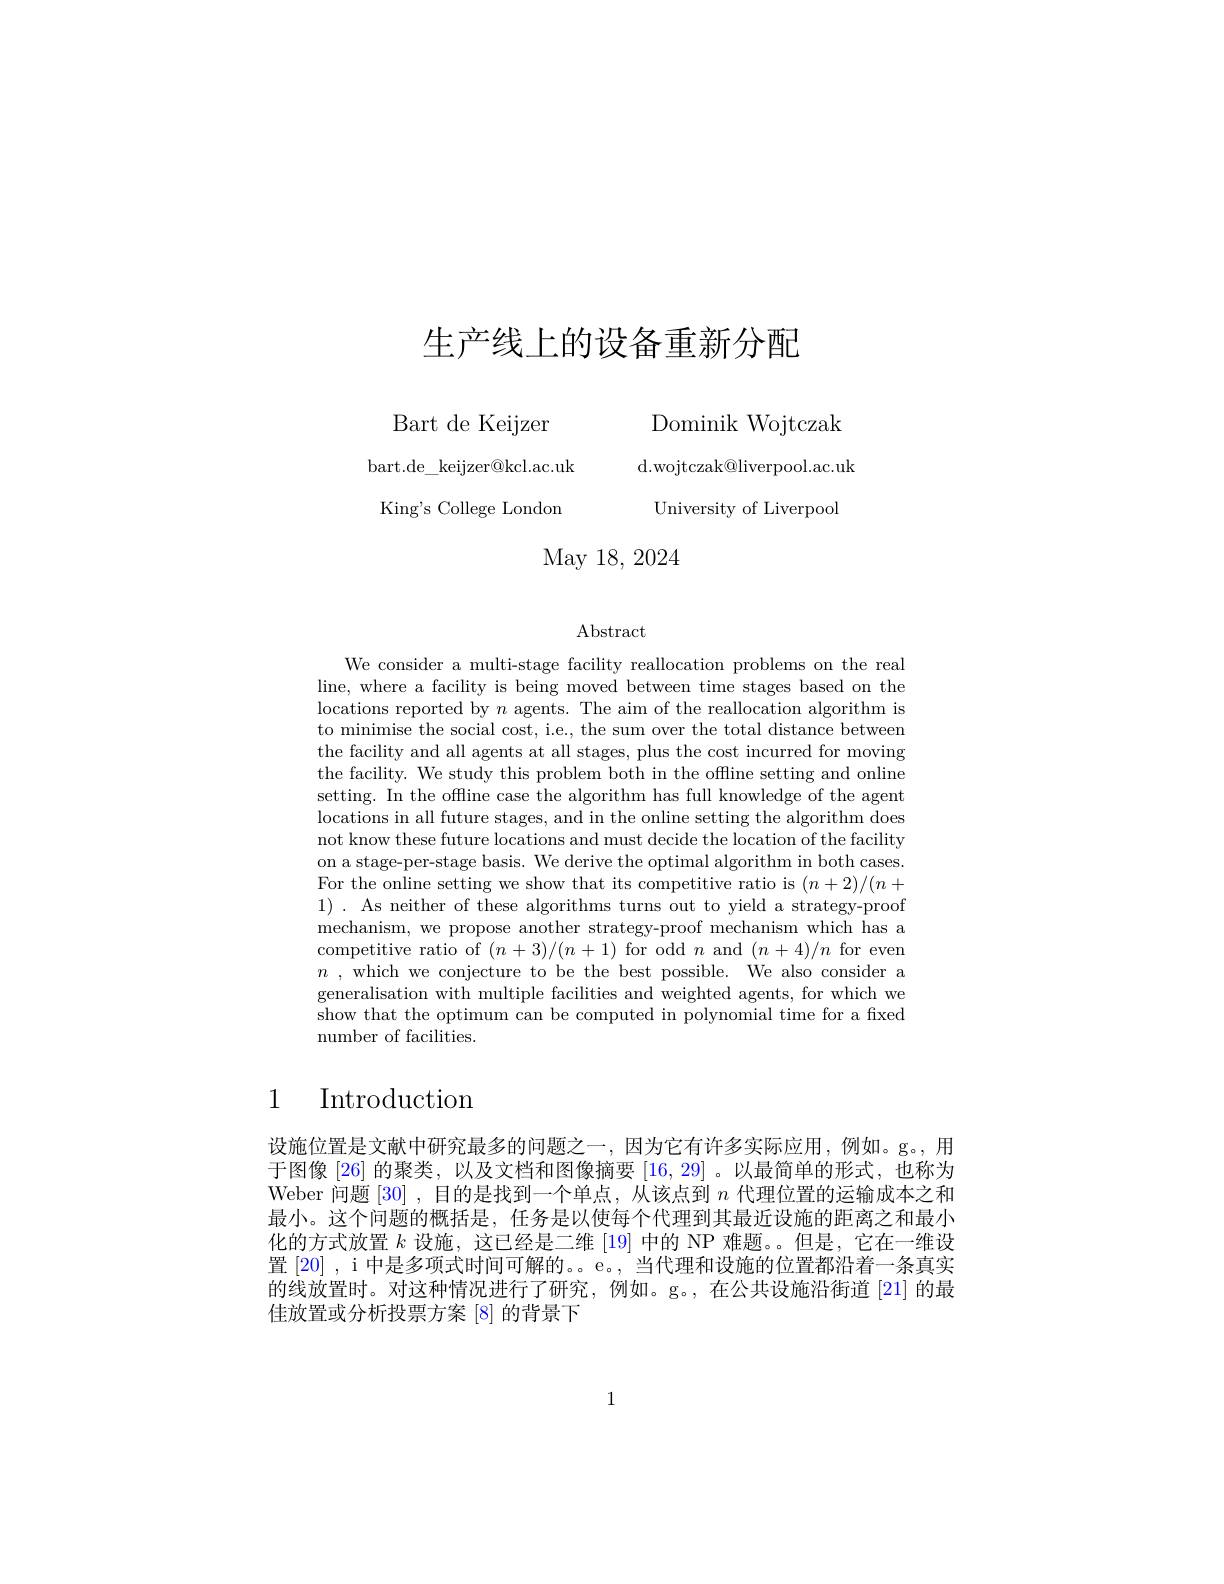
# 生产线上的设备重新分配

Bart de Keijzer Dominik Wojtczak

bart.de\_keijzer@kcl.ac.uk\_d.wojtczak@liverpool.ac.uk King's College London University of Liverpool

# May 18, 2024

Abstract

We consider a multi-stage facility reallocation problems on the real line, where a facility is being moved between time stages based on the locations reported by $n$ agents. The aim of the reallocation algorithm is to minimise the social cost, i.e., the sum over the total distance between the facility and all agents at all stages, plus the cost incurred for moving the facility. We study this problem both in the offline setting and online setting. In the offline case the algorithm has full knowledge of the agent locations in all future stages, and in the online setting the algorithm does not know these future locations and must decide the location of the facility on a stage-per-stage basis. We derive the optimal algorithm in both cases. For the online setting we show that its competitive ratio is $(n+2)/(n+$ 1) . As neither of these algorithms turns out to yield a strategy-proof mechanism, we propose another strategy-proof mechanism which has a competitive ratio of $(n+3)/(n+1)$ for odd $n$ and $(n+4)/n$ for even $n$ , which we conjecture to be the best possible. We also consider a generalisation with multiple facilities and weighted agents, for which we show that the optimum can be computed in polynomial time for a fixed number of facilities.

# 1 Introduction

设施位置是文献中研究最多的问题之一，因为它有许多实际应用，例如。g。,用于图像 [26] 的聚类，以及文档和图像摘要[16,29] 。以最简单的形式，也称为Weber 问题[30] ,目的是找到一个单点，从该点到$n$代理位置的运输成本之和最小。这个问题的概括是，任务是以使每个代理到其最近设施的距离之和最小化的方式放置$k$设施，这已经是二维[19]中的 NP 难题。。但是，它在一维设置 [20] , i 中是多项式时间可解的。。e。, 当代理和设施的位置都沿着一条真实的线放置时。对这种情况进行了研究，例如。g。,在公共设施沿街道[21] 的最佳放置或分析投票方案 [8] 的背景下

1